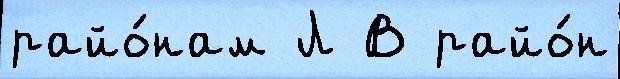
райо́нам Л В райо́н